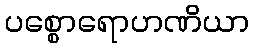
ပစ္စောရောဟဏိယာ